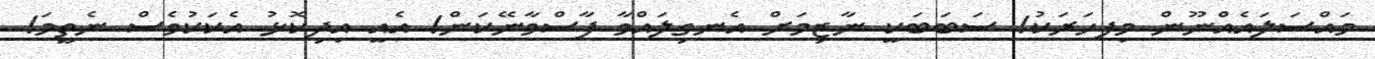
މައްސަލައެއްނޫން މިފހަަރަކު! ސަބަބަކީ ނާޒިމަށް އެނގިލައްވާ ފާސްވާނޭކަން! އެއީ އިދިކޮޅު އެކަކުވެސް ނެތީމަ!